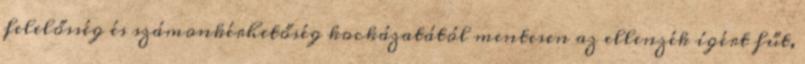
felelősség és számonkérhetőség kockázatától mentesen az ellenzék ígért fűt,